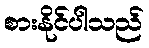
စားနိုင်ပါသည်